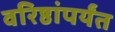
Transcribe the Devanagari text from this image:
वरिष्ठांपर्यंत